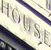
HOUSE